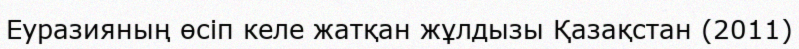
Еуразияның өсіп келе жатқан жұлдызы Қазақстан (2011)